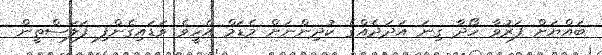
ބައްޔަށް ފަރުވާ ހޯދާ ގިނަ އަދަދެއްގެ ކުދިންނަށް މެޑަމް އެހީވެ ވަޑައިގެންފި ފަލަސްތީން